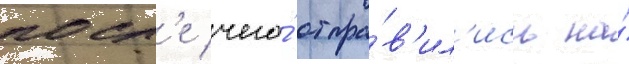
посл'е чего́ отпра́в'ил'ись на́